Annual administration report of the Civil Veterinary Department of India - 1898-1899
Year: 1898
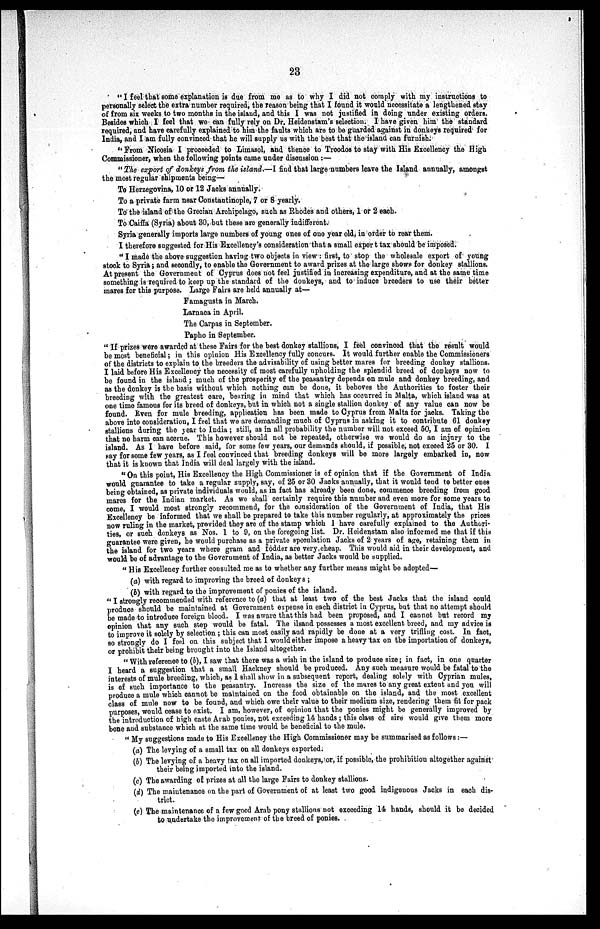
23
"I feel that some explanation is due from me as to why I did not comply with my instructions to
personally select the extra number required, the reason being that I found it would necessitate a lengthened stay
of from six weeks to two months in the island, and this I was not justified in doing under existing orders.
Besides which I feel that we can fully rely on Dr. Heidenstam's selection. I have given him the standard
required, and have carefully explained to him the faults which are to be guarded against in donkeys required for
India, and I am fully convinced that he will supply us with the best that the island can furnish.
"From Nicosia I proceeded to Limasol, and thence to Troodos to stay with His Excellency the High
Commissioner, when the following points came under discussion:—
"The export of donkeys from the island.—I find that large numbers leave the Island annually, amongst
the most regular shipments being—
To Herzegovina, 10 or 12 Jacks annually.
To a private farm near Constantinople, 7 or 8 yearly.
To the island of the Grecian Archipelago, such as Rhodes and others, 1 or 2 each.
To Caiffa (Syria) about 30, but these are generally indifferent.
Syria generally imports large numbers of young ones of one year old, in order to rear them.
I therefore suggested for His Excellency's consideration that a small export tax should be imposed.
"I made the above suggestion having two objects in view: first, to stop the wholesale export of young
stock to Syria; and secondly, to enable the Government to award prizes at the large shows for donkey stallions.
At present the Government of Cyprus does not feel justified in increasing expenditure, and at the same time
something is required to keep up the standard of the donkeys, and to induce breeders to use their better
mares for this purpose. Large Fairs are held annually at—
Famagusta in March.
Larnaca in April.
The Carpas in September.
Papho in September.
"If prizes were awarded at these Fairs for the best donkey stallions, I feel convinced that the result would
be most beneficial; in this opinion His Excellency fully concurs. It would further enable the Commissioners
of the districts to explain to the breeders the advisability of using better mares for breeding donkey stallions.
I laid before His Excellency the necessity of most carefully upholding the splendid breed of donkeys now to
be found in the island; much of the prosperity of the peasantry depends on mule and donkey breeding, and
as the donkey is the basis without which nothing can be done, it behoves the Authorities to foster their
breeding with the greatest care, bearing in mind that which has occurred in Malta, which island was at
one time famous for its breed of donkeys, but in which not a single stallion donkey of any value can now be
found. Even for mule breeding, application has been made to Cyprus from Malta for jacks. Taking the
above into consideration, I feel that we are demanding much of Cyprus in asking it to contribute 61 donkey
stallions during the year to India; still, as in all probability the number will not exceed 50, I am of opinion
that no harm can accrue. This however should not be repeated, otherwise we would do an injury to the
island. As I have before said, for some few years, our demands should, if possible, not exceed 25 or 30. I
say for some few years, as I feel convinced that breeding donkeys will be more largely embarked in, now
that it is known that India will deal largely with the island.
"On this point, His Excellency the High Commissioner is of opinion that if the Government of India
would guarantee to take a regular supply, say, of 25 or 30 Jacks annually, that it would tend to better ones
being obtained, as private individuals would, as in fact has already been done, commence breeding from good
mares for the Indian market. As we shall certainly require this number and even more for some years to
come, I would most strongly recommend, for the consideration of the Government of India, that His
Excellency be informed that we shall be prepared to take this number regularly, at approximately the prices
now ruling in the market, provided they are of the stamp which I have carefully explained to the Authori-
ties, or such donkeys as Nos. 1 to 9, on the foregoing list. Dr. Heidenstam also informed me that if this
guarantee were given, he would purchase as a private speculation Jacks of 2 years of age, retaining them in
the island for two years where gram and fodder are very cheap. This would aid in their development, and
would be of advantage to the Government of India, as better Jacks would be supplied.
"His Excellency further consulted me as to whether any further means might be adopted—
(a) with regard to improving the breed of donkeys;
(b) with regard to the improvement of ponies of the island.
"I strongly recommended with reference to (a) that at least two of the best Jacks that the island could
produce should be maintained at Government expense in each district in Cyprus, but that no attempt should
be made to introduce foreign blood. I was aware that this had been proposed, and I cannot but record my
opinion that any such step would be fatal. The ilsand possesses a most excellent breed, and my advice is
to improve it solely by selection; this can most easily and rapidly be done at a very trifling cost. In fact,
so strongly do I feel on this subject that I would either impose a heavy tax on the importation of donkeys,
or prohibit their being brought into the Island altogether.
"With reference to (b), I saw that there was a wish in the island to produce size; in fact, in one quarter
I heard a suggestion that a small Hackney should be produced. Any such measure would be fatal to the
interests of mule breeding, which, as I shall show in a subsequent report, dealing solely with Cyprian mules,
is of such importance to the peasantry. Increase the size of the mares to any great extent and you will
produce a mule which cannot be maintained on the food obtainable on the island, and the most excellent
class of mule now to be found, and which owe their value to their medium size, rendering them fit for pack
purposes, would cease to exist. I am, however, of opinion that the ponies might be generally improved by
the introduction of high caste Arab ponies, not exceeding 14 hands; this class of sire would give them more
bone and substance which at the same time would be beneficial to the mule.
"My suggestions made to His Excellency the High Commissioner may be summarised as follows:—
(a) The levying of a small tax on all donkeys exported.
(b) The levying of a heavy tax on all imported donkeys, or, if possible, the prohibition altogether against
their being imported into the island.
(c) The awarding of prizes at all the large Fairs to donkey stallions.
(d) The maintenance on the part of Government of at least two good indigenous Jacks in each dis-
trict.
(e) The maintenance of a few good Arab pony stallions not exceeding 14 hands, should it be decided
to undertake the improvement of the breed of ponies.